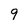
Character: 9